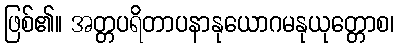
ဖြစ်၏။ အတ္တပရိတာပနာနုယောဂမနုယုတ္တောစ၊